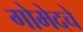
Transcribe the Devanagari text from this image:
गोमेदचे